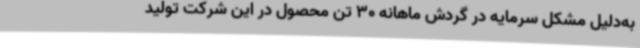
به‌دلیل مشکل سرمایه در گردش ماهانه 30 تن محصول در این شرکت تولید